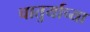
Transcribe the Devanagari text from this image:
चातुर्याच्या